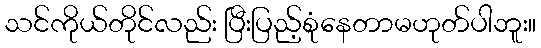
သင်ကိုယ်တိုင်လည်း ပြီးပြည့်စုံနေတာမဟုတ်ပါဘူး။